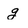
Character: g